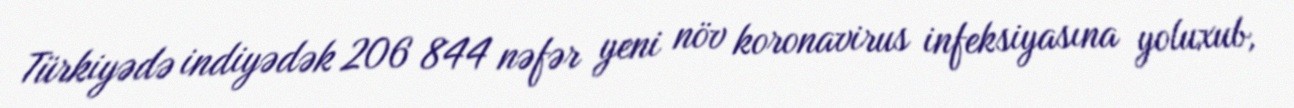
Türkiyədə indiyədək 206 844 nəfər yeni növ koronavirus infeksiyasına yoluxub,